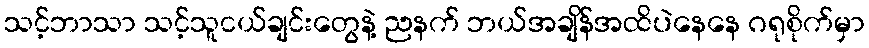
သင့်ဘာသာ သင့်သူငယ်ချင်းတွေနဲ့ ညနက် ဘယ်အချိန်အထိပဲနေနေ ဂရုစိုက်မှာ